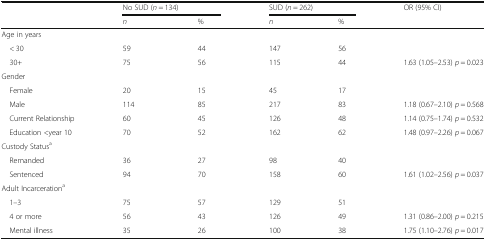
<table><thead><tr><td rowspan="2"></td><td colspan="2"><b>No SUD (<i>n</i> = 134)</b></td><td colspan="2"><b>SUD (<i>n</i> = 262)</b></td><td rowspan="2"><b>OR (95% CI)</b></td></tr><tr><td><b><i>n</i></b></td><td><b>%</b></td><td><b><i>n</i></b></td><td><b>%</b></td></tr></thead><tbody><tr><td colspan="6">Age in years</td></tr><tr><td> &lt; 30</td><td>59</td><td>44</td><td>147</td><td>56</td><td></td></tr><tr><td> 30+</td><td>75</td><td>56</td><td>115</td><td>44</td><td>1.63 (1.05–2.53) <i>p</i> = 0.023</td></tr><tr><td colspan="6">Gender</td></tr><tr><td> Female</td><td>20</td><td>15</td><td>45</td><td>17</td><td></td></tr><tr><td> Male</td><td>114</td><td>85</td><td>217</td><td>83</td><td>1.18 (0.67–2.10) <i>p</i> = 0.568</td></tr><tr><td> Current Relationship</td><td>60</td><td>45</td><td>126</td><td>48</td><td>1.14 (0.75–1.74) <i>p</i> = 0.532</td></tr><tr><td> Education &lt;year 10</td><td>70</td><td>52</td><td>162</td><td>62</td><td>1.48 (0.97–2.26) <i>p</i> = 0.067</td></tr><tr><td colspan="6">Custody Status<sup>a</sup></td></tr><tr><td> Remanded</td><td>36</td><td>27</td><td>98</td><td>40</td><td></td></tr><tr><td> Sentenced</td><td>94</td><td>70</td><td>158</td><td>60</td><td>1.61 (1.02–2.56) <i>p</i> = 0.037</td></tr><tr><td colspan="6">Adult Incarceration<sup>a</sup></td></tr><tr><td> 1–3</td><td>75</td><td>57</td><td>129</td><td>51</td><td></td></tr><tr><td> 4 or more</td><td>56</td><td>43</td><td>126</td><td>49</td><td>1.31 (0.86–2.00) <i>p</i> = 0.215</td></tr><tr><td> Mental illness</td><td>35</td><td>26</td><td>100</td><td>38</td><td>1.75 (1.10–2.76) <i>p</i> = 0.017</td></tr></tbody></table>